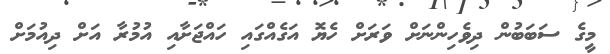
މީގެ ސަބަބުން ދިވެހިންނަށް ވަރަށް ހެޔޮ އަގެއްގައި ހައްޖަށާއި އުމުރާ އަށް ދިއުމަށް